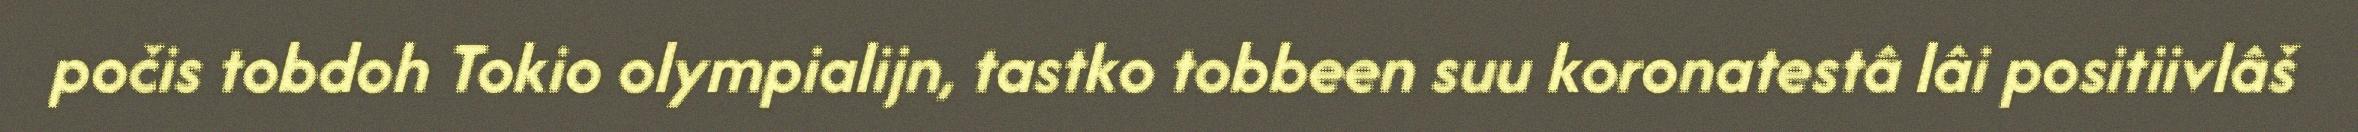
počis tobdoh Tokio olympialijn, tastko tobbeen suu koronatestâ lâi positiivlâš